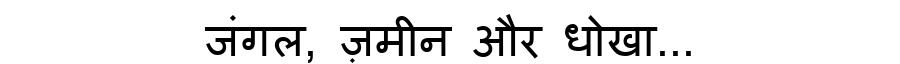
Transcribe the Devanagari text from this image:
जंगल, ज़मीन और धोखा...